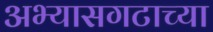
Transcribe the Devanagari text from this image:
अभ्यासगटाच्या